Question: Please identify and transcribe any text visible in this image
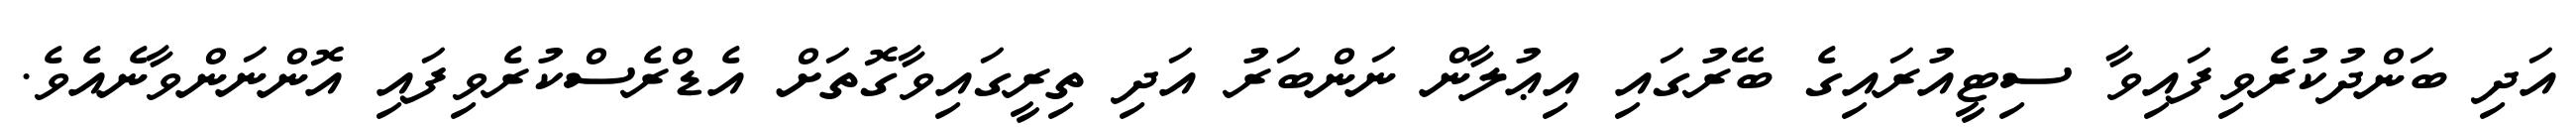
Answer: އަދި ބަންދުކުރެވިފައިވާ ސިޓީއުރައިގެ ބޭރުގައި އިޢުލާން ނަންބަރު އަދި ތިރީގައިވާގޮތަށް އެޑްރެސްކުރެވިފައި އޮންނަންވާނެއެވެ.